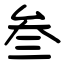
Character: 叁